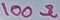
Text: 100Ω